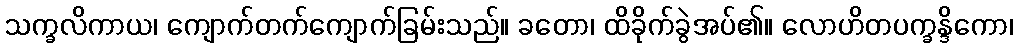
သက္ခလိကာယ၊ ကျောက်တက်ကျောက်ခြမ်းသည်။ ခတော၊ ထိခိုက်ခွဲအပ်၏။ လောဟိတပက္ခန္ဒိကော၊